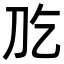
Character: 𠚮